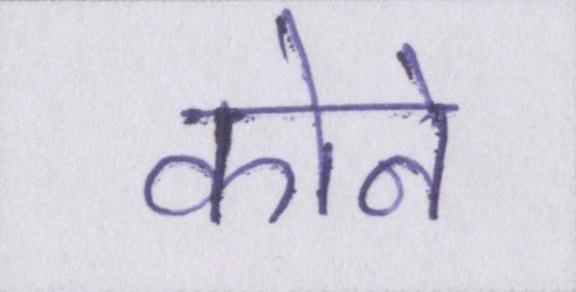
कोने